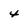
Character: 4